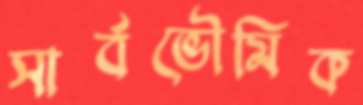
সার্বভৌমিক